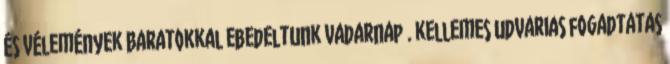
és vélemények Baratokkal ebedeltunk vadarnap . kellemes udvarias fogadtatas